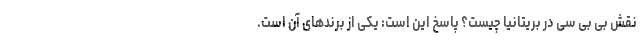
نقش بی بی سی در بریتانیا چیست؟ پاسخ این است: یکی از برندهای آن است.